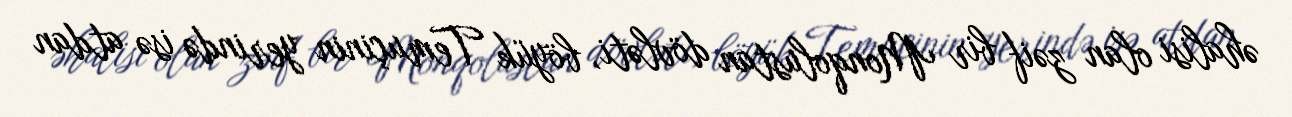
əhalisi olan zəif bir Monqolustan dövləti, böyük Temuçinin yerində isə atdan